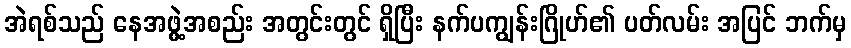
အဲရစ်သည် နေအဖွဲ့အစည်း အတွင်းတွင် ရှိပြီး နက်ပကျွန်းဂြိုဟ်၏ ပတ်လမ်း အပြင် ဘက်မှ